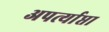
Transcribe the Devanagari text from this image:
अपर्त्याप्ता